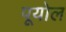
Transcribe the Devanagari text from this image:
पूयोल